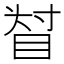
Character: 𥆴